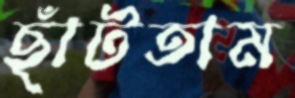
ছাঁটতাম